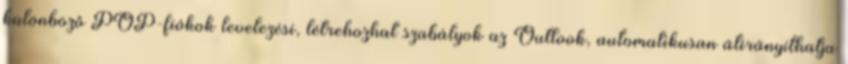
különböző POP-fiókok levelezési, létrehozhat szabályok az Outlook, automatikusan átirányíthatja